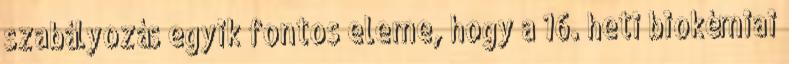
szabályozás egyik fontos eleme, hogy a 16. heti biokémiai